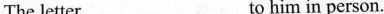
The letter___to him in person.